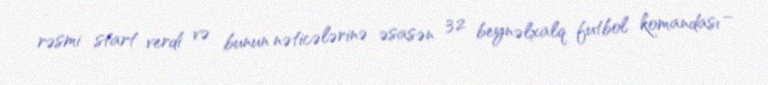
rəsmi start verdi və bunun nəticələrinə əsasən 32 beynəlxalq futbol komandası –